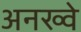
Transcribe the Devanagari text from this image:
अनख्वे